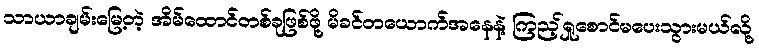
သာယာချမ်းမြေ့တဲ့ အိမ်ထောင်တစ်ခုဖြစ်ဖို့ မိခင်တယောက်အနေနဲ့ ကြည့်ရှုစောင်မပေးသွားမယ်လို့